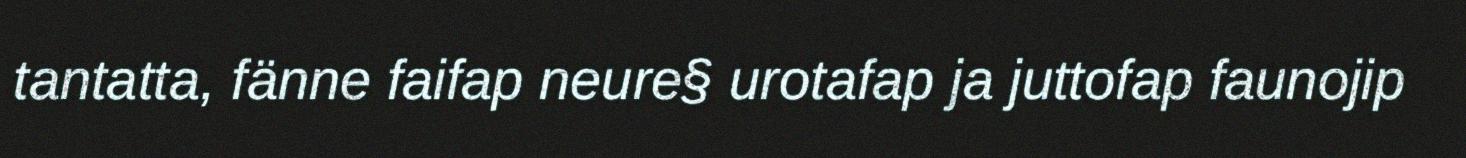
tantatta, fänne faifap neure§ urotafap ja juttofap faunojip